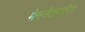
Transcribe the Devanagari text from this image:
मेनरोडवरील